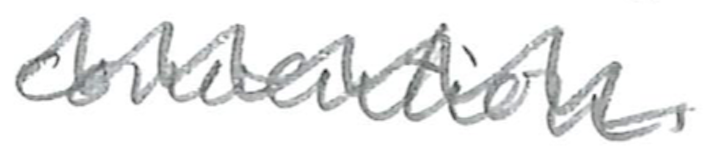
Text: convention.
Cross-out: wave
Writing tool: pencil